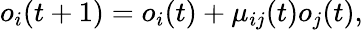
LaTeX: o_{i}(t+1)=o_{i}(t)+\mu_{ij}(t)o_{j}(t),